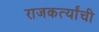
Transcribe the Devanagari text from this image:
राजकर्त्यांची